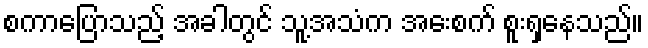
စကာပြောသည့် အခါတွင် သူ့အသံက အေးစက် စူးရှနေသည်။